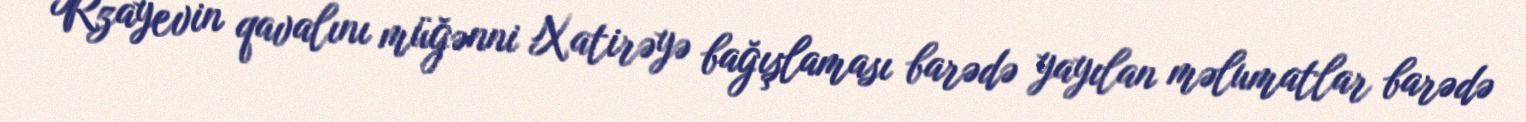
Rzayevin qavalını müğənni Xatirəyə bağışlaması barədə yayılan məlumatlar barədə